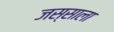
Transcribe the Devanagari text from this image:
जस्साला